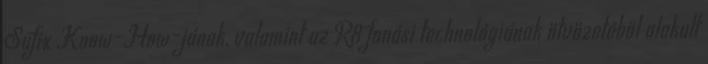
Sufix Know-How-jának, valamint az R8 fonási technológiának ötvözetéből alakult